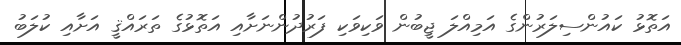
އަތޮޅު ކައުންސިލަރުންގެ އަމިއްލަ ޖީބުން ވަކިވަކި ފަރުދުންނަށާއި އަތޮޅުގެ ތަރައްޤީ އަށާއި ކުލަބު